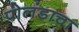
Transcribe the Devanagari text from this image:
पोलंडाचा